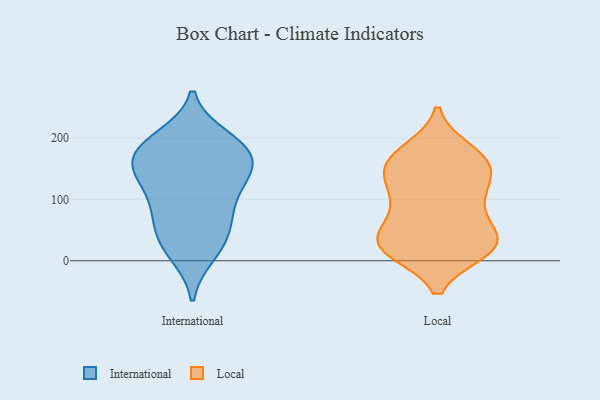
{"axis": {"x": "Churn Rate (%)", "y": "Value"}, "legend": ["International", "Local"], "data": [{"x": "", "y": 104, "type": "International"}, {"x": "", "y": 200, "type": "International"}, {"x": "", "y": 146, "type": "International"}, {"x": "", "y": 192, "type": "International"}, {"x": "", "y": 153, "type": "International"}, {"x": "", "y": 54, "type": "International"}, {"x": "", "y": 135, "type": "International"}, {"x": "", "y": 176, "type": "International"}, {"x": "", "y": 78, "type": "International"}, {"x": "", "y": 39, "type": "International"}, {"x": "", "y": 183, "type": "International"}, {"x": "", "y": 128, "type": "International"}, {"x": "", "y": 11, "type": "International"}, {"x": "", "y": 18, "type": "International"}, {"x": "", "y": 184, "type": "International"}, {"x": "", "y": 155, "type": "International"}, {"x": "", "y": 75, "type": "International"}, {"x": "", "y": 98, "type": "Local"}, {"x": "", "y": 94, "type": "Local"}, {"x": "", "y": 179, "type": "Local"}, {"x": "", "y": 17, "type": "Local"}, {"x": "", "y": 160, "type": "Local"}, {"x": "", "y": 32, "type": "Local"}, {"x": "", "y": 23, "type": "Local"}, {"x": "", "y": 96, "type": "Local"}, {"x": "", "y": 151, "type": "Local"}, {"x": "", "y": 158, "type": "Local"}, {"x": "", "y": 19, "type": "Local"}, {"x": "", "y": 30, "type": "Local"}, {"x": "", "y": 121, "type": "Local"}, {"x": "", "y": 151, "type": "Local"}, {"x": "", "y": 178, "type": "Local"}, {"x": "", "y": 140, "type": "Local"}, {"x": "", "y": 28, "type": "Local"}, {"x": "", "y": 43, "type": "Local"}, {"x": "", "y": 57, "type": "Local"}, {"x": "", "y": 17, "type": "Local"}]}